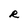
Character: R